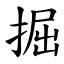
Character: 掘